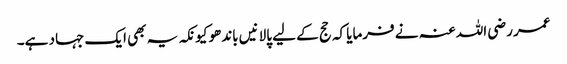
عمر رضی اللہ عنہ نے فرمایا کہ حج کے لیے پالانیں باندھو کیونکہ یہ بھی ایک جہاد ہے۔